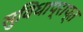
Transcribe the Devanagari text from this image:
सुविधाप्राप्त